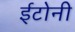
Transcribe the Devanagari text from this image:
ईटोनी